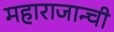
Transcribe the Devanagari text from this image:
महाराजान्ची